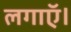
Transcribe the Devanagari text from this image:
लगाऍ।